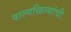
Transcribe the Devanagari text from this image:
वाल्यखिल्यांची